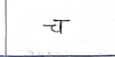
मजकूर: च